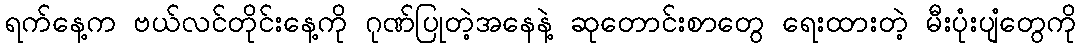
ရက်နေ့က ဗယ်လင်တိုင်းနေ့ကို ဂုဏ်ပြုတဲ့အနေနဲ့ ဆုတောင်းစာတွေ ရေးထားတဲ့ မီးပုံးပျံတွေကို